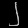
Digit: ၂